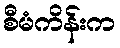
စီမံကိန်းက